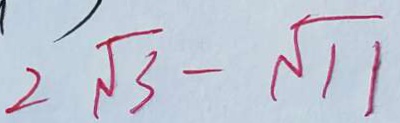
2 \sqrt { 3 } - \sqrt { 1 1 }